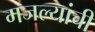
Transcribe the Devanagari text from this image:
मजल्यांची